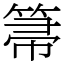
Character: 箒